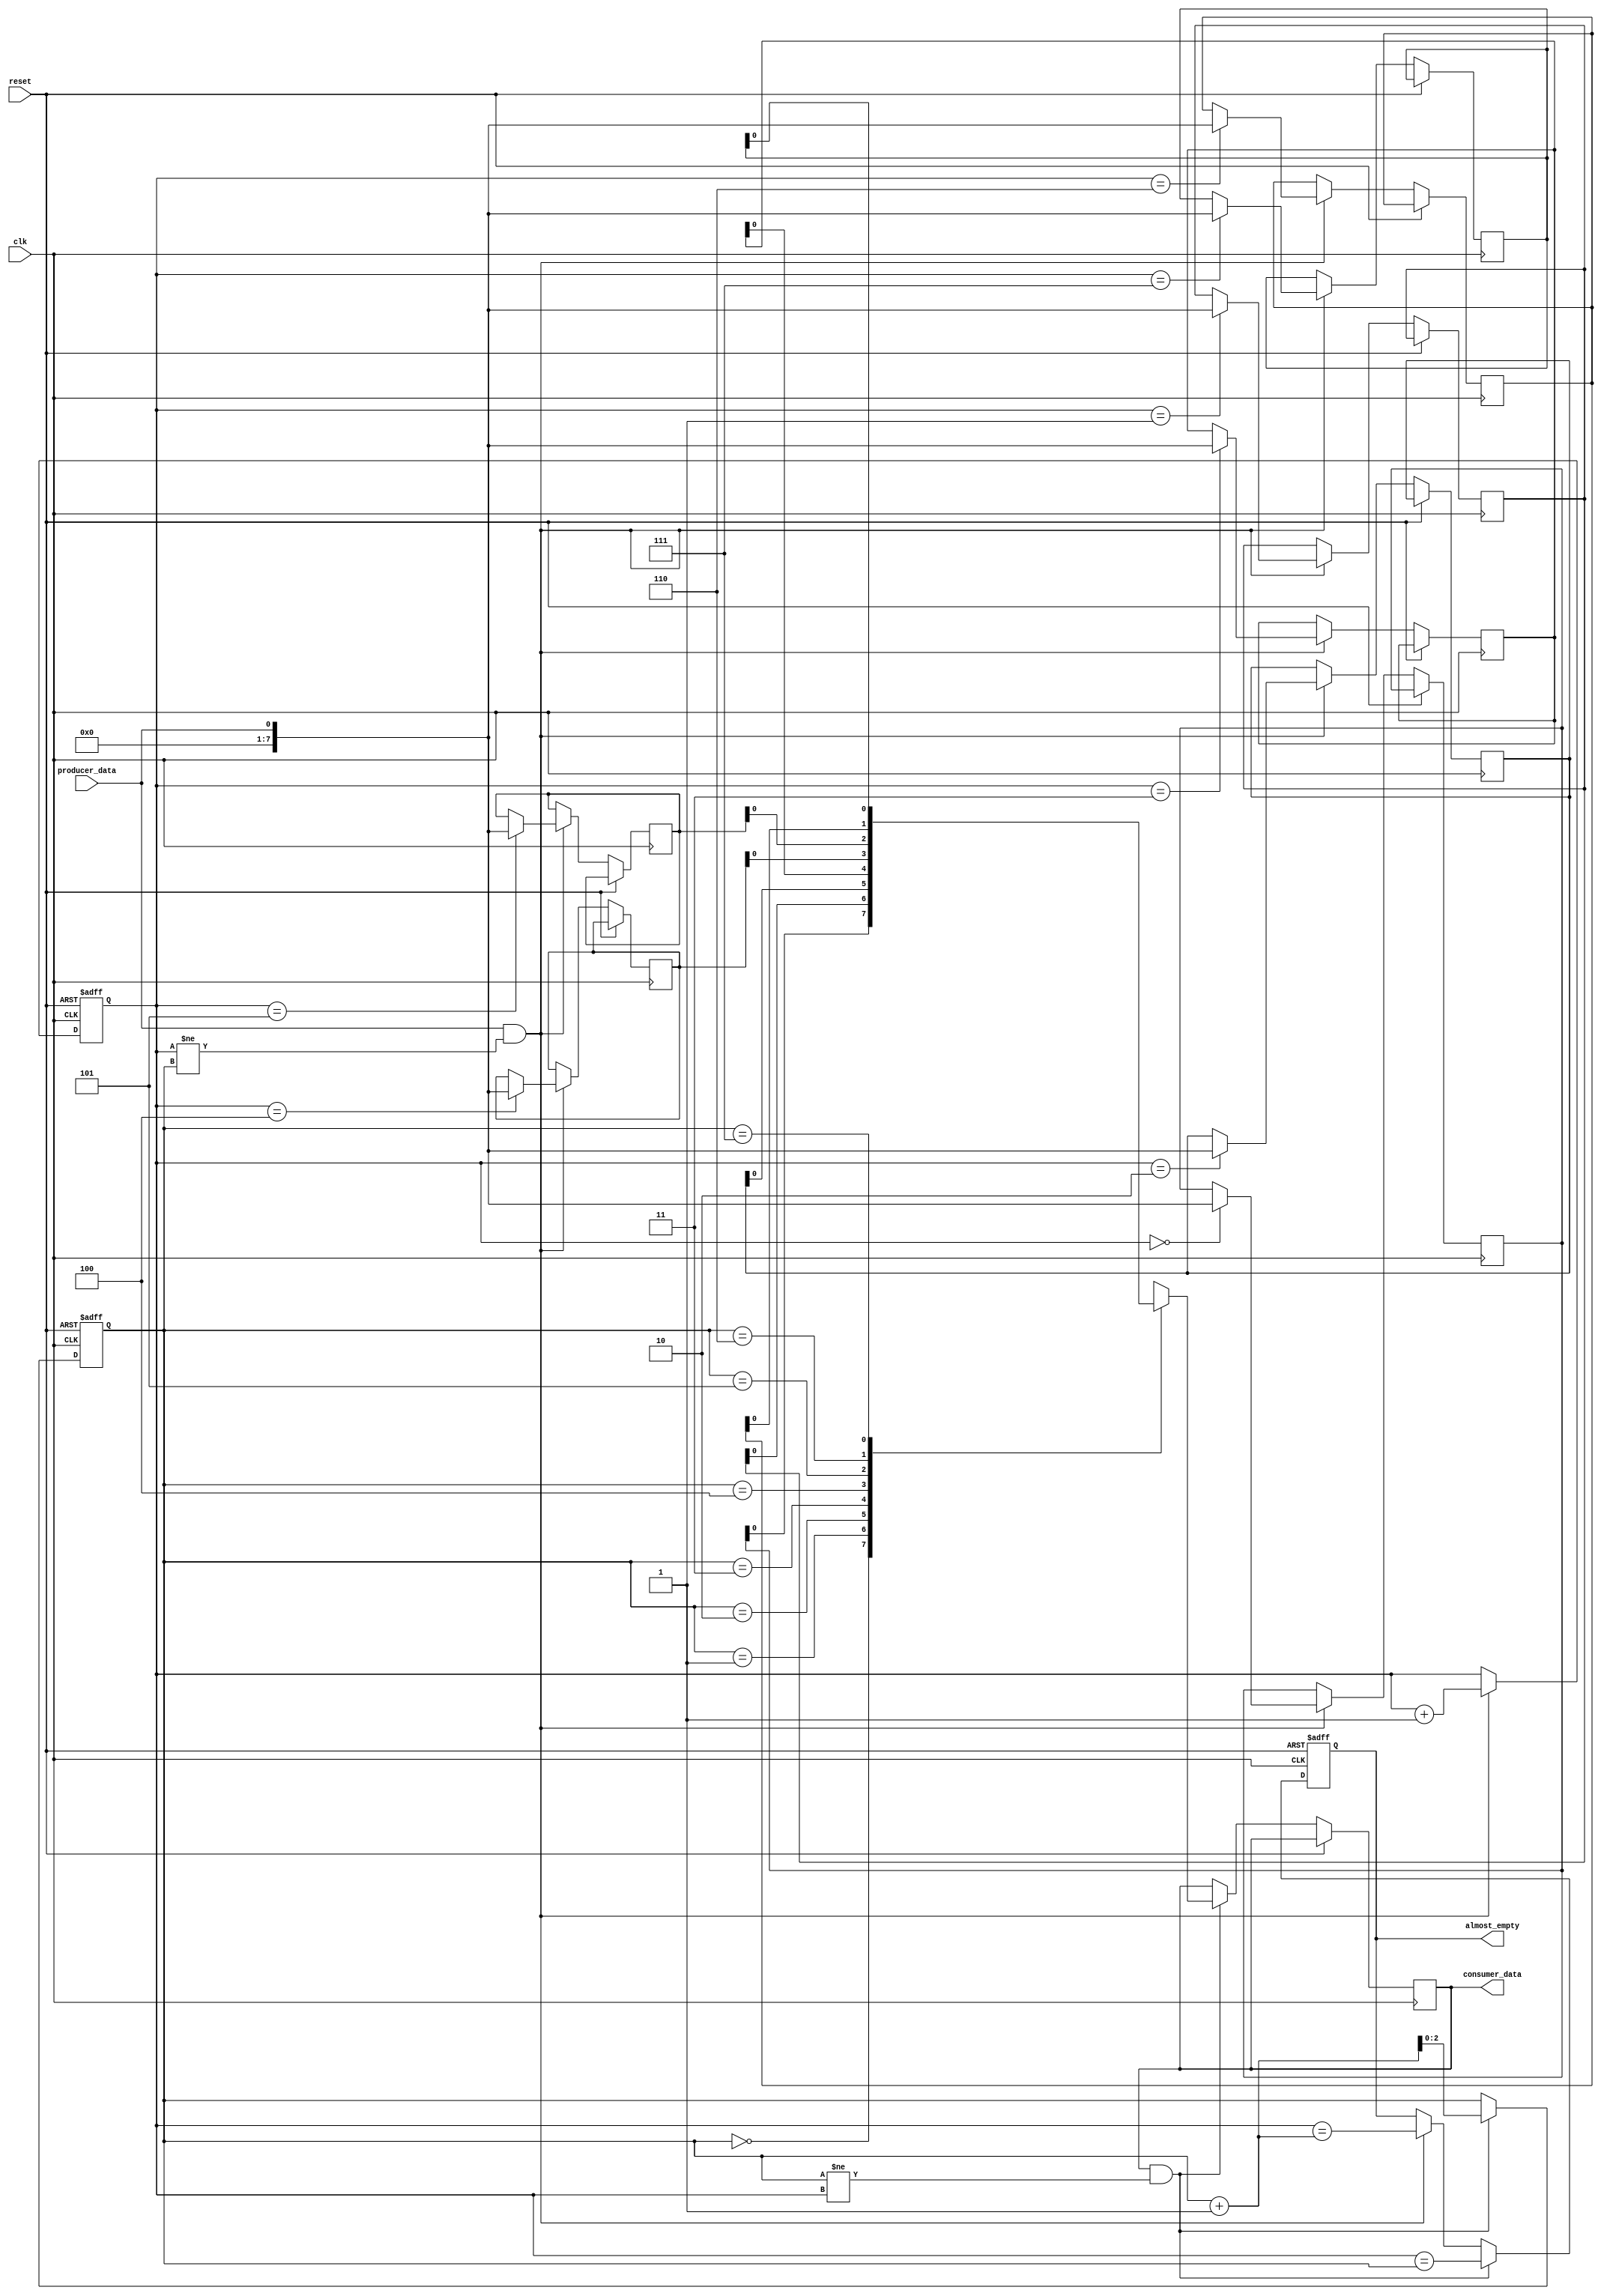
module almost_empty_fifo(
    input wire clk,
    input wire reset,
    input wire producer_data,
    output wire consumer_data,
    output wire almost_empty
);

parameter FIFO_DEPTH = 8;

reg [7:0] fifo [0:FIFO_DEPTH-1];
reg [2:0] write_ptr, read_ptr;
reg almost_empty_reg;

always @(posedge clk or posedge reset) begin
    if (reset) begin
        write_ptr <= 0;
        read_ptr <= 0;
        almost_empty_reg <= 1;
    end else begin
        if (producer_data && (write_ptr != read_ptr)) begin
            fifo[write_ptr] <= producer_data;
            write_ptr <= write_ptr + 1;
            almost_empty_reg <= (write_ptr == (read_ptr + 1));
        end
        if (consumer_data && (read_ptr != write_ptr)) begin
            consumer_data <= fifo[read_ptr];
            read_ptr <= read_ptr + 1;
            almost_empty_reg <= (write_ptr == read_ptr);
        end
    end
end

assign almost_empty = almost_empty_reg;

endmodule